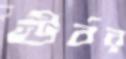
ঊর্বর